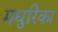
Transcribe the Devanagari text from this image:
मधुरिका